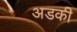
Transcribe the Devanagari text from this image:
अडकी